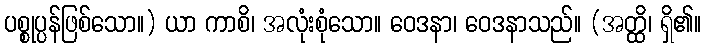
ပစ္စုပ္ပန်ဖြစ်သော။) ယာ ကာစိ၊ အလုံးစုံသော။ ဝေဒနာ၊ ဝေဒနာသည်။ (အတ္ထိ၊ ရှိ၏။